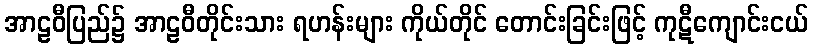
အာဠဝီပြည်၌ အာဠဝီတိုင်းသား ရဟန်းများ ကိုယ်တိုင် တောင်းခြင်းဖြင့် ကုဋီကျောင်းငယ်